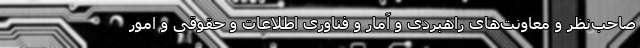
صاحب‌نظر و معاونت‌های راهبردی و آمار و فناوری اطلاعات و حقوقی و امور